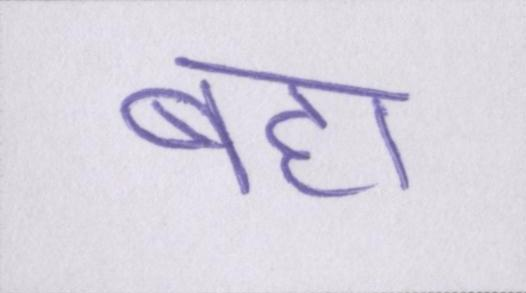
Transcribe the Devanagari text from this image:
बहा